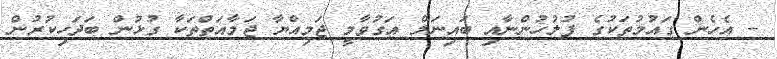
- އެހެން ގައުމުތަކުގެ ފުލުހުންނާއި ބައިނަލް އަގުވާމީ ޖަމިއްޔާ ޖަމާއަތްތަކާ ގުޅުން ބަދަހިކުރުން